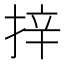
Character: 𭡄